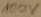
Text: 100V